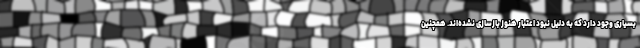
بسیاری وجود دارد که به دلیل نبود اعتبار هنوز بازسازی نشده‌اند. همچنین